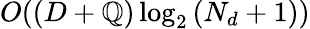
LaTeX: O((D+\mathbb{Q})\log_{2}{(N_{d}+1)})